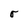
Character: r